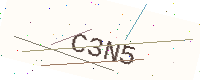
Text: C3N5